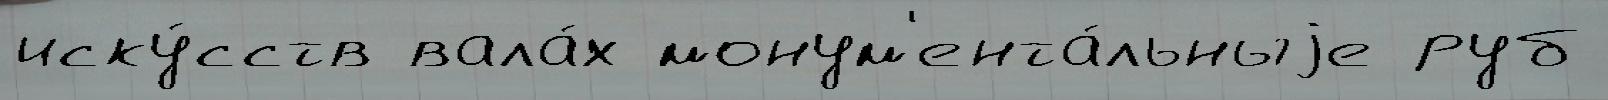
иску́сств вала́х монум'ента́льныjе руб